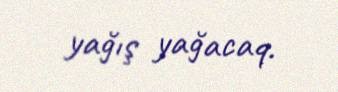
yağış yağacaq.